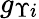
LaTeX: g_{\Upsilon i}